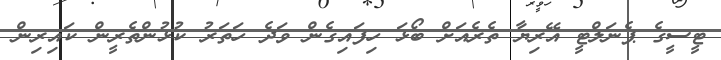
ޓީސީގެ ޕެނަލްޓީ އޭރިޔާ ތެރެއަށް ބޯޅަ ހިފައިގެން ވަދެ ހަތަރު ކުޅުންތެރީން ކައިރިން